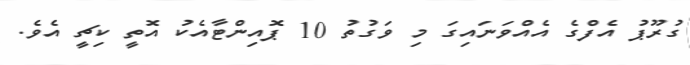
ގުރޫޕު އެފްގެ އެއްވަނައިގަ މި ވަގުތު 10 ޕޮއިންޓާއެކު އޮތީ ކިޗީ އެވެ.